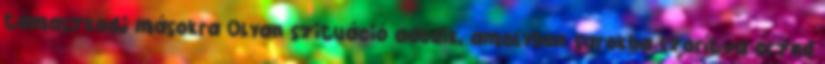
támaszkodj másokra Olyan szituáció adódik, amelyben sarokba szorítva érzed